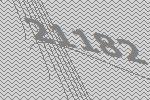
21182